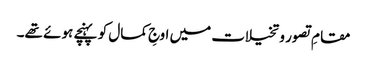
مقامِ تصور و تخیلات میں اوجِ کمال کو پہنچے ہوئے تھے۔